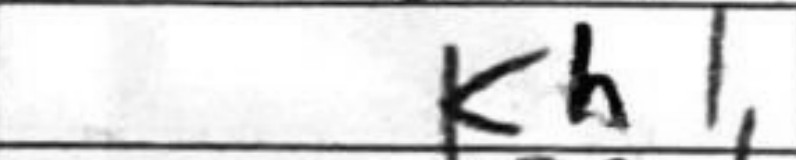
Transcription: Kh1